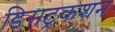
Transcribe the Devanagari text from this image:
डिसट्रकशन